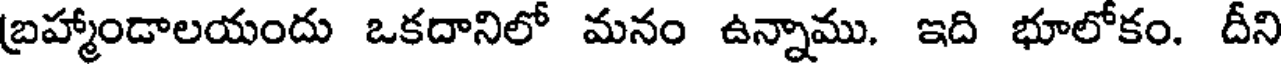
బ్రహ్మాండాలయందు ఒకదానిలో మనం ఉన్నాము. ఇది భూలోకం. దీని